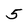
Character: 5